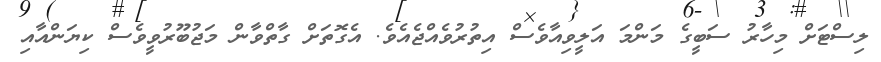
ލިސްޓަށް މިހާރު ސަބީގެ މަންމަ އަލީވިއާވެސް އިތުރުވެއްޖެއެވެ. އެގޮތަށް ގާތްވާން މަޖުބޫރުވީވެސް ކިޔަންއާއި